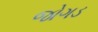
જોગડ